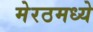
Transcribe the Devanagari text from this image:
मेरठमध्ये